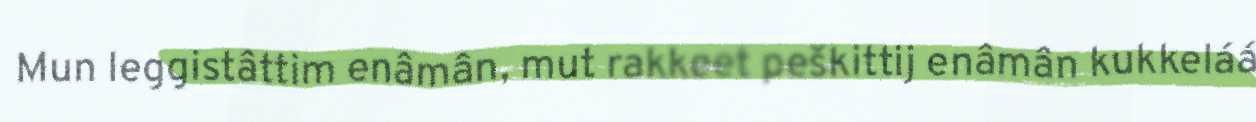
Mun leggistâttim enâmân, mut rakkeet peškittij enâmân kukkeláá